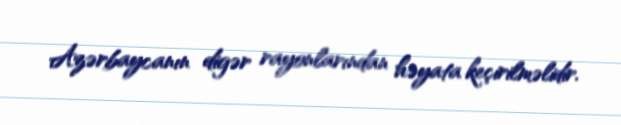
Azərbaycanın digər rayonlarından həyata keçirilməlidir.